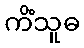
ကိံသူဓ